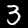
Digit: 3